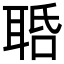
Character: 𦕾